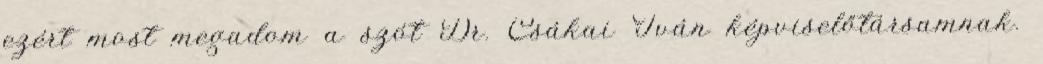
ezért most megadom a szót Dr. Csákai Iván képviselőtársamnak.